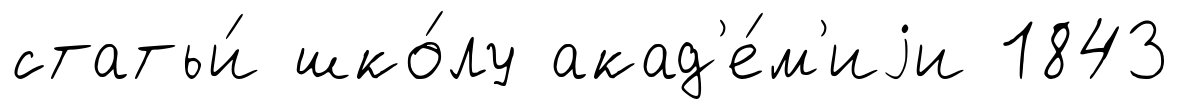
статьи́ шко́лу акад'е́м'иjи 1843